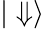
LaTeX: |\Downarrow\rangle